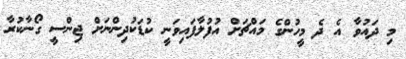
މި ދައުވާ އެ ދެ މީހުންގެ މައްޗަށް އުފުލާފައިވަނީ ކުޑަކުދިންނަށް ޖިންސީ ގޯނާކުރާ